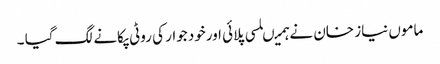
ماموں نیاز خان نے ہمیںلسی پلائی اورخود جوار کی روٹی پکانے لگ گیا ۔